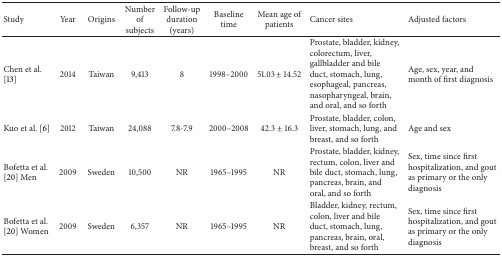
| Study | Year | Origins | Number of subjects | Follow-up duration (years) | Baseline time | Mean age of patients | Cancer sites | Adjusted factors |
 | --- | --- | --- | --- | --- | --- | --- | --- | --- |
 | Chen et al. [13] | 2014 | Taiwan | 9,413 | 8 | 1998–2000 | 51.03 ± 14.52 | Prostate, bladder, kidney, colorectum, liver, gallbladder and bile duct, stomach, lung, esophageal, pancreas, nasopharyngeal, brain, and oral, and so forth | Age, sex, year, and month of first diagnosis |
 | Kuo et al. [6] | 2012 | Taiwan | 24,088 | 7.8-7.9 | 2000–2008 | 42.3 ± 16.3 | Prostate, bladder, colon, liver, stomach, lung, and breast, and so forth | Age and sex |
 | Bofetta et al. [20] Men | 2009 | Sweden | 10,500 | NR | 1965–1995 | NR | Prostate, bladder, kidney, rectum, colon, liver and bile duct, stomach, lung, pancreas, brain, and oral, and so forth | Sex, time since first hospitalization, and gout as primary or the only diagnosis |
 | Bofetta et al. [20] Women | 2009 | Sweden | 6,357 | NR | 1965–1995 | NR | Bladder, kidney, rectum, colon, liver and bile duct, stomach, lung, pancreas, brain, oral, breast, and so forth | Sex, time since first hospitalization, and gout as primary or the only diagnosis |